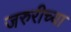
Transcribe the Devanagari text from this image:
जरुरीच्या